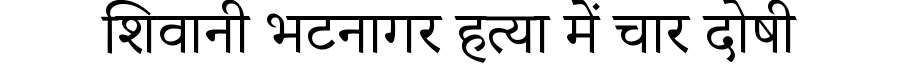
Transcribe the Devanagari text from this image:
शिवानी भटनागर हत्या में चार दोषी